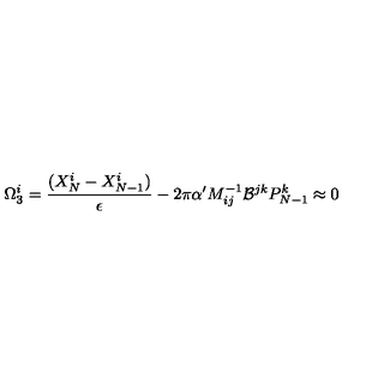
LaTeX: \Omega _ { 3 } ^ { i } = { \frac { ( X _ { N } ^ { i } - X _ { N - 1 } ^ { i } ) } { \epsilon } } - 2 \pi \alpha ^ { \prime } M _ { i j } ^ { - 1 } { \cal B } ^ { j k } P _ { N - 1 } ^ { k } \approx 0